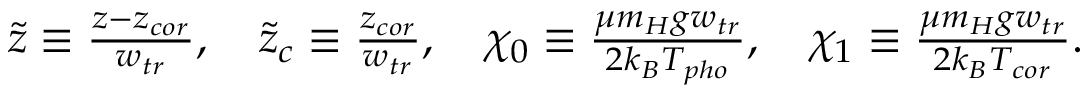
\begin{array} { r } { \tilde { z } \equiv \frac { z - z _ { c o r } } { w _ { t r } } , \quad \tilde { z } _ { c } \equiv \frac { z _ { c o r } } { w _ { t r } } , \quad \chi _ { 0 } \equiv \frac { \mu m _ { H } g w _ { t r } } { 2 k _ { B } T _ { p h o } } , \quad \chi _ { 1 } \equiv \frac { \mu m _ { H } g w _ { t r } } { 2 k _ { B } T _ { c o r } } . } \end{array}